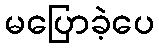
မပြောခဲ့ပေ